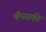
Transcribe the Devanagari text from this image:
कैंपसकी